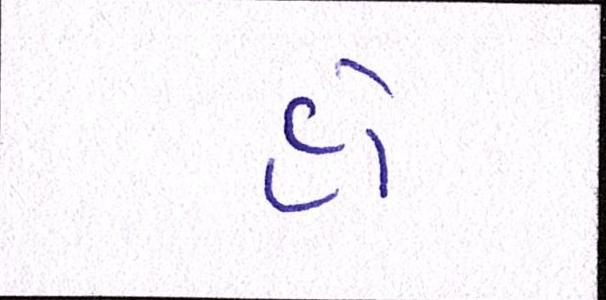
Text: હો